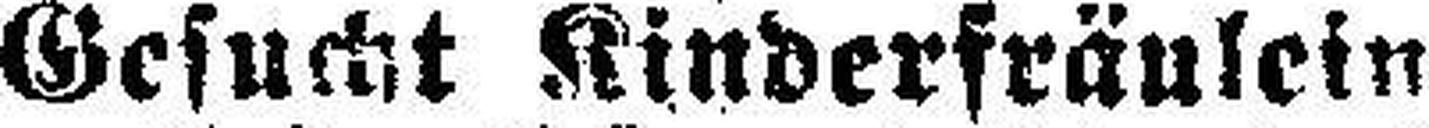
Gesucht Kinderfränlein